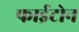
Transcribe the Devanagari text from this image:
फाईटोन